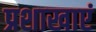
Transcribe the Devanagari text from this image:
प्रशाखाएं